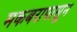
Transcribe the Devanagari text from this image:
मकबरापासून